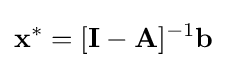
\mathbf {x} ^{*}=[\mathbf {I} -\mathbf {A} ]^{-1}\mathbf {b}